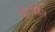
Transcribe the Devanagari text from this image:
बोर्गोहैन